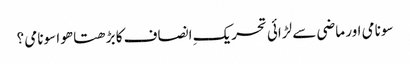
سونامی اور ماضی سے لڑائی	تحریکِ انصاف کا بڑھتا ھوا سونامی ؟